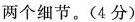
两个细节。(4分)